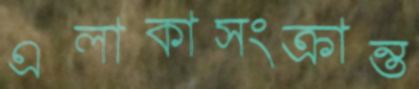
এলাকাসংক্রান্ত